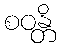
စဝန္တိ